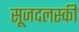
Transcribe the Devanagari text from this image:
सूजदलस्की